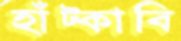
হাঁট্‌কাবি